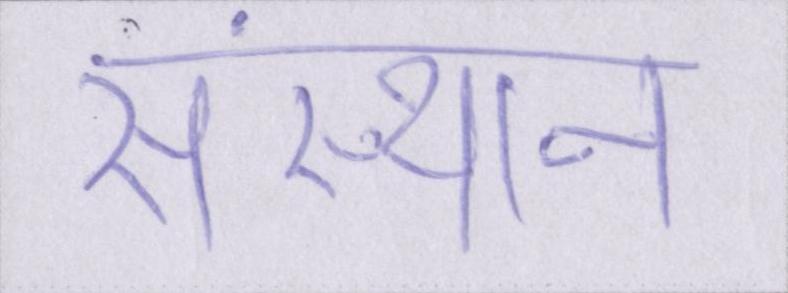
संस्थान